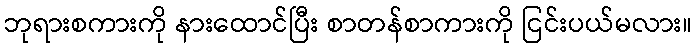
ဘုရားစကားကို နားထောင်ပြီး စာတန်စာကားကို ငြင်းပယ်မလား။